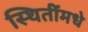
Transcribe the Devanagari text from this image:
स्थितींमधे